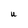
Character: u